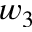
w _ { 3 }